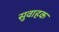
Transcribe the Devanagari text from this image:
सुवाहक